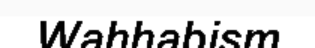
Wahhabism